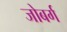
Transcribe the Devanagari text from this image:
जोबर्ग